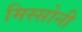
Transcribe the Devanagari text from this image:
मिस्सोनी